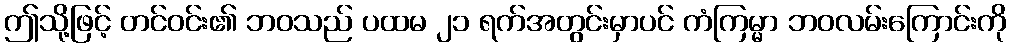
ဤသို့ဖြင့် တင်ဝင်း၏ ဘဝသည် ပထမ ၂၁ ရက်အတွင်းမှာပင် ကံကြမ္မာ ဘဝလမ်းကြောင်းကို